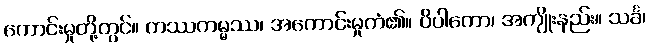
ကောင်းမှုတို့တွင်။ ကဿကမ္မဿ၊ အကောင်းမှုကံ၏။ ဝိပါကော၊ အကျိုးနည်း။ သင်္ခ၊